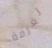
لغرفة